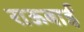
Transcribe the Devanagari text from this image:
राऊबाई